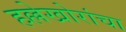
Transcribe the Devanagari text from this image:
हल्लेखोरांचा